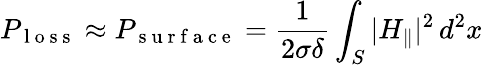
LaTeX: P_{\mathrm{~l~o~s~s~}}\approx P_{\mathrm{~s~u~r~f~a~c~e~}}=\frac{1}{2\sigma\delta}\int_{S}|H_{\parallel}|^{2}\, d^{2}x